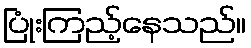
ပြုံးကြည့်နေသည်။